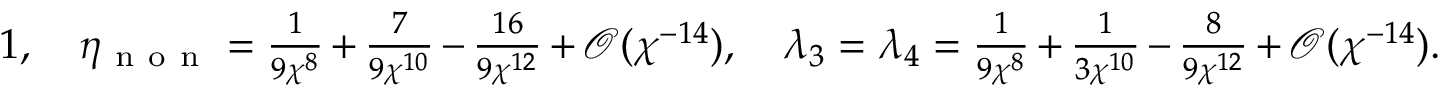
\textstyle 1 , \quad \eta _ { \mathrm { ~ n ~ o ~ n ~ } } = \frac { 1 } { 9 \chi ^ { 8 } } + \frac { 7 } { 9 \chi ^ { 1 0 } } - \frac { 1 6 } { 9 \chi ^ { 1 2 } } + \mathcal { O } ( \chi ^ { - 1 4 } ) , \quad \lambda _ { 3 } = \lambda _ { 4 } = \frac { 1 } { 9 \chi ^ { 8 } } + \frac { 1 } { 3 \chi ^ { 1 0 } } - \frac { 8 } { 9 \chi ^ { 1 2 } } + \mathcal { O } ( \chi ^ { - 1 4 } ) .